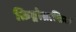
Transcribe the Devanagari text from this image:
क्रिप्ट्रोग्राफिक